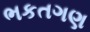
ભકતગણ